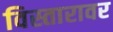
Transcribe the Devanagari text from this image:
विस्तारावर